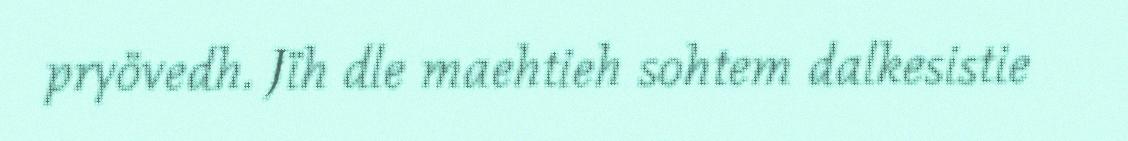
pryövedh. Jïh dle maehtieh sohtem dalkesistie